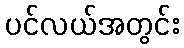
ပင်လယ်အတွင်း